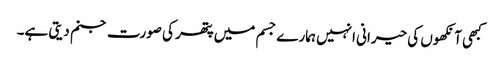
کبھی آنکھوں کی حیرانی انہیں ہمارے جسم میں پتھر کی صورت جنم دیتی ہے۔